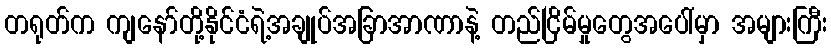
တရုတ်က ကျနော်တို့နိုင်ငံရဲ့အချုပ်အခြာအာဏာနဲ့ တည်ငြိမ်မှုတွေအပေါ်မှာ အများကြီး